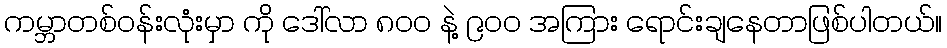
ကမ္ဘာတစ်ဝန်းလုံးမှာ ကို ဒေါ်လာ ၈၀၀ နဲ့ ၉၀၀ အကြား ရောင်းချနေတာဖြစ်ပါတယ်။